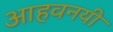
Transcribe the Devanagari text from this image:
आहवनयी